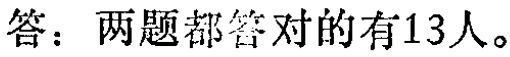
答：两题都答对的有13人。